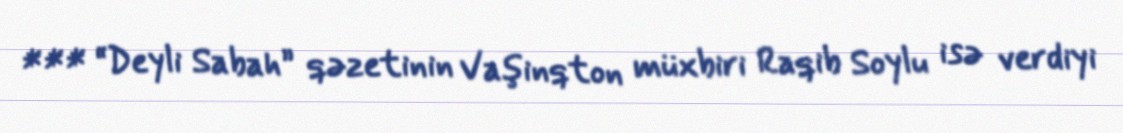
*** “Deyli Sabah” qəzetinin Vaşinqton müxbiri Raqib Soylu isə verdiyi